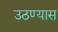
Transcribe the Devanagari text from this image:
उठण्यास